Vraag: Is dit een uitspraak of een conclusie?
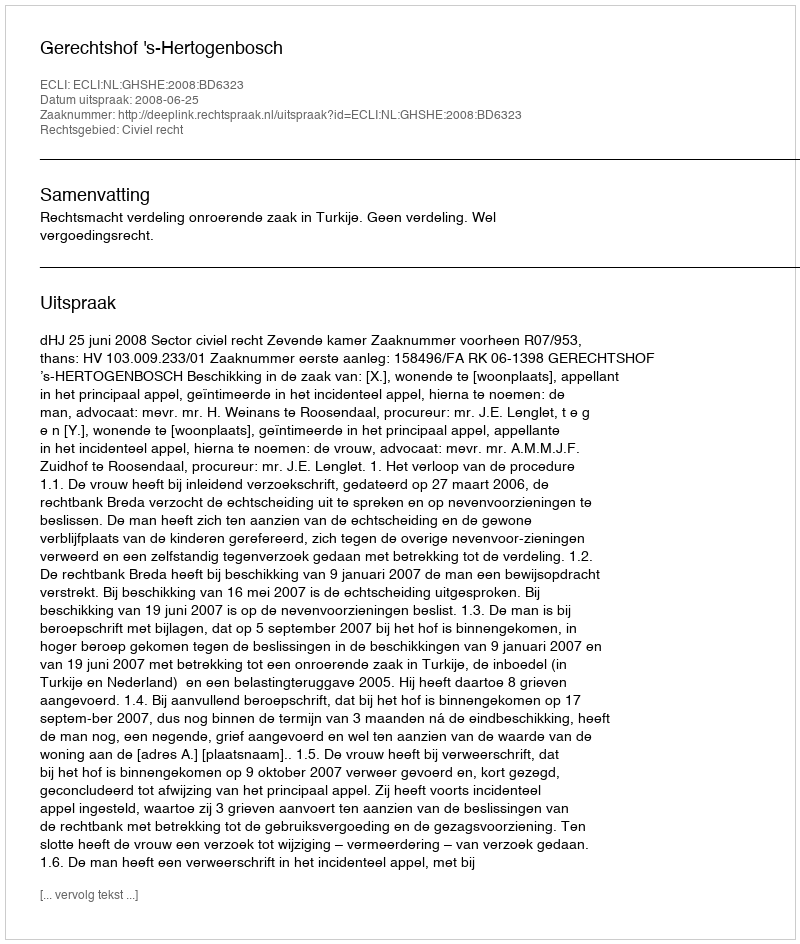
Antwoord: Uitspraak